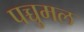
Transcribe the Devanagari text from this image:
पच्चुमल